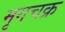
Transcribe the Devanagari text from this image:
मृगचक्र